画像に写った文字を読んでください
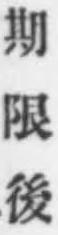
「期限後」と書いてあります